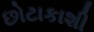
છોટાકાશી